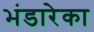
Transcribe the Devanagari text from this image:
भंडारेका